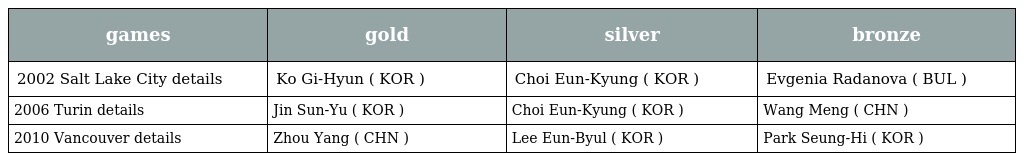
| games | gold | silver | bronze |
 | --- | --- | --- | --- |
 | 2002 Salt Lake City details | Ko Gi-Hyun ( KOR ) | Choi Eun-Kyung ( KOR ) | Evgenia Radanova ( BUL ) |
 | 2006 Turin details | Jin Sun-Yu ( KOR ) | Choi Eun-Kyung ( KOR ) | Wang Meng ( CHN ) |
 | 2010 Vancouver details | Zhou Yang ( CHN ) | Lee Eun-Byul ( KOR ) | Park Seung-Hi ( KOR ) |